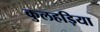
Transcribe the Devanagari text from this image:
कुलहड़िया